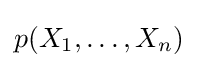
p(X_{1},\ldots ,X_{n})